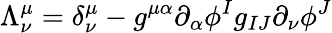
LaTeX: \Lambda_{\nu}^{\mu}=\delta_{\nu}^{\mu}-g^{\mu\alpha}\partial_{\alpha}\phi^{I}g_{IJ}\partial_{\nu}\phi^{J}